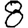
Digit: 8